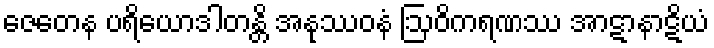
ဇေတေန ပရိယောဒါတန္တိ အနုဿဝနံ ဩဝိကရဏဿ အာဋာနာဋိယံ